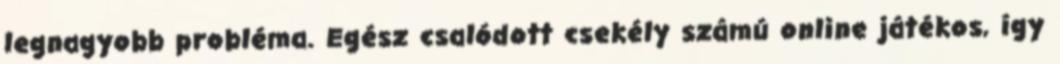
legnagyobb probléma. Egész csalódott csekély számú online játékos, így